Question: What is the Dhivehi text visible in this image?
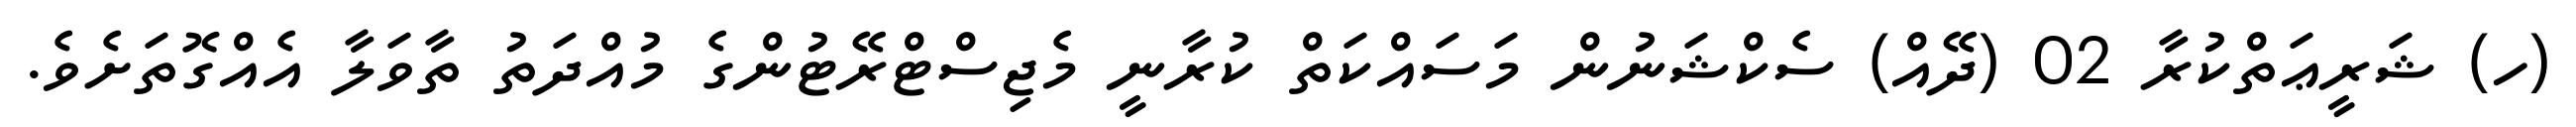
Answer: (ހ) ޝަރީޢަތްކުރާ 02 (ދޭއް) ސެކްޝަނުން މަސައްކަތް ކުރާނީ މެޖިސްޓްރޭޓުންގެ މުއްދަތު ތާވަލާ އެއްގޮތަށެވެ.